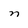
Character: n